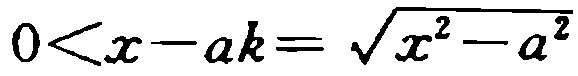
\(0<x - ak = \sqrt{x^{2}-a^{2}}\)